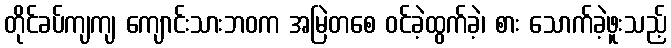
တိုင်ခပ်ကျကျ ကျောင်းသားဘဝက အမြဲတစေ ဝင်ခဲ့ထွက်ခဲ့၊ စား သောက်ခဲ့ဖူးသည့်